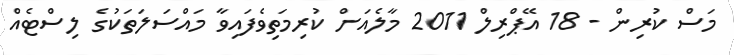
މަސް ކުރިން - 18 އޭޕްރިލް 2011 މާލެއަށް ކުރިމަތިވެފައިވާ މައްސަލަތަކުގެ ލިސްޓެއް